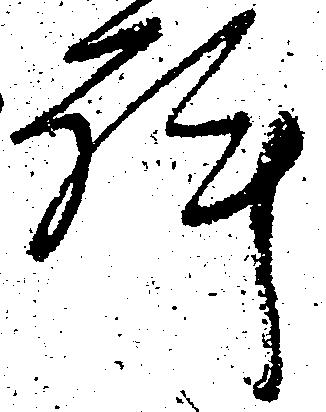
許